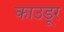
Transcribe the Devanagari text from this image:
काउडूर